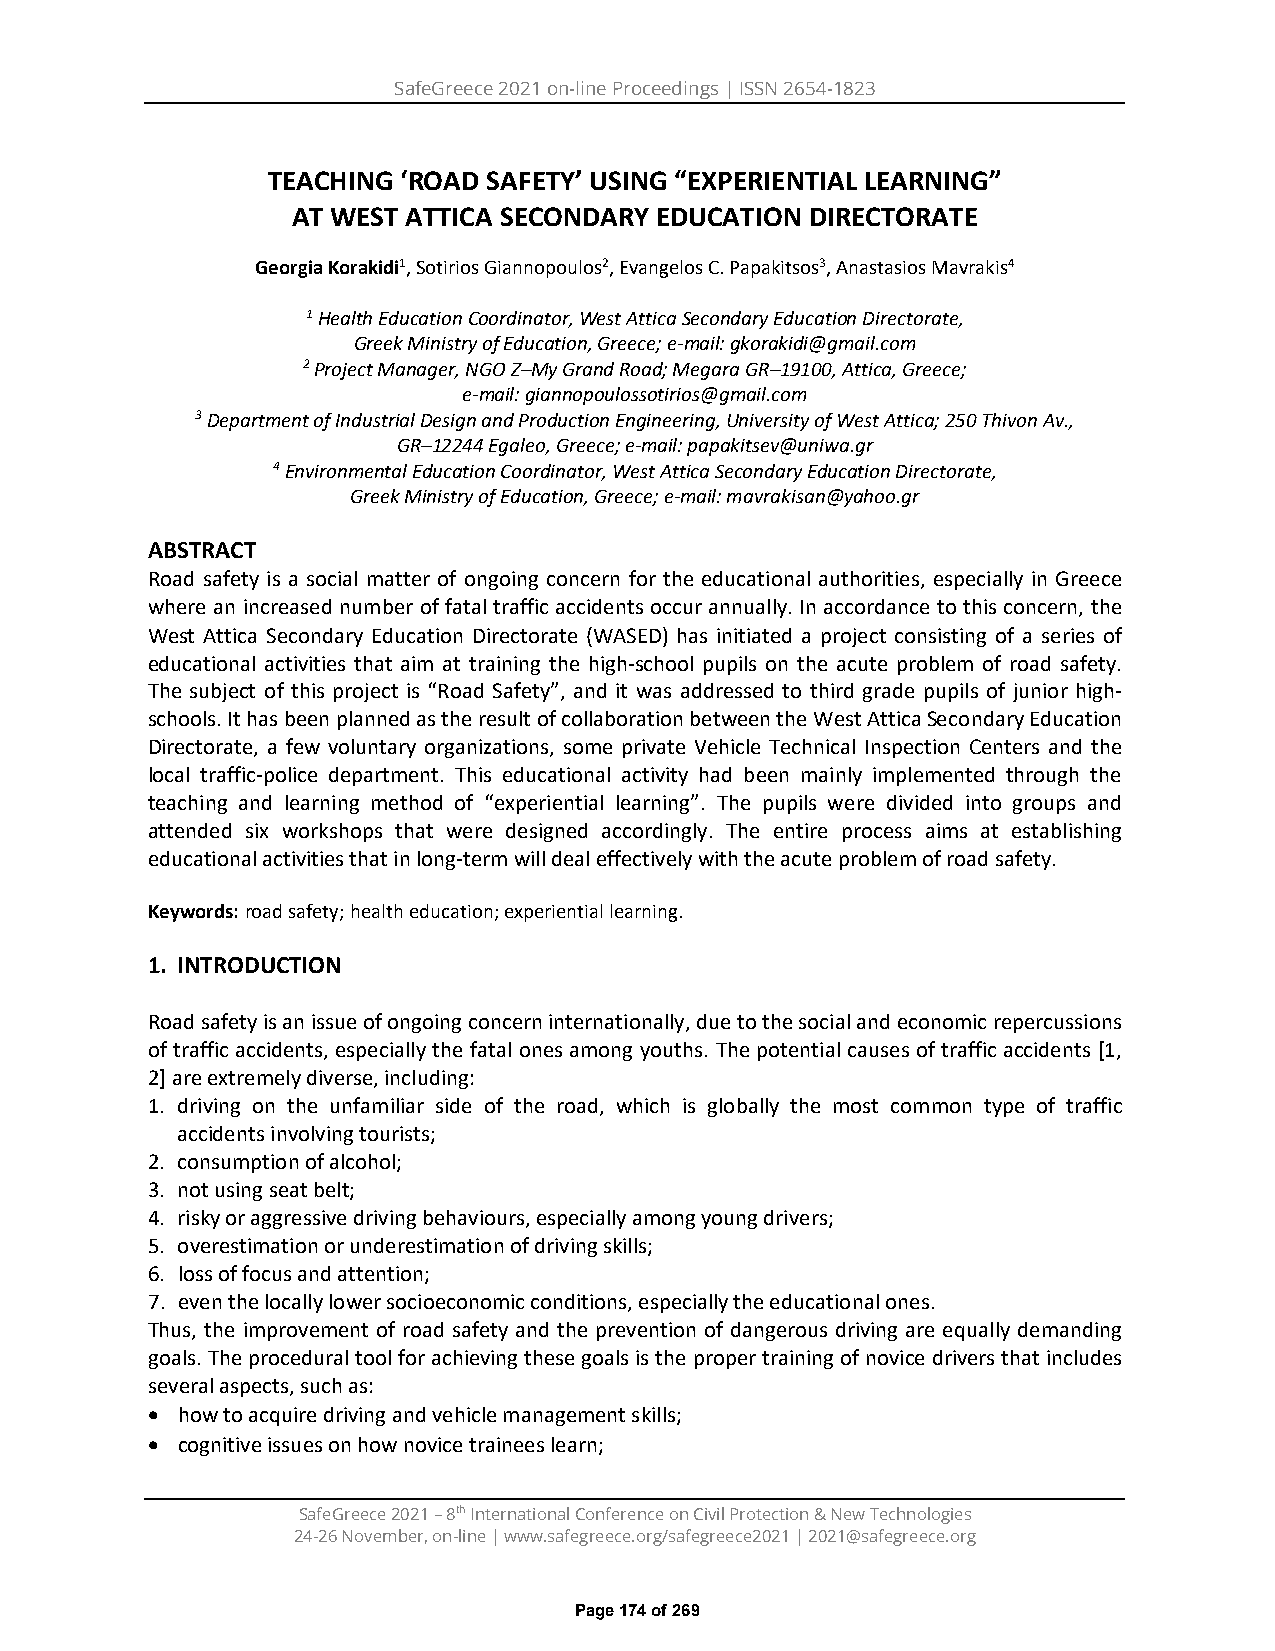
SafeGreece 2021 on-line Proceedings | ISSN 2654-1823
 TEACHING ‘ROAD SAFETY’ USING “EXPERIENTIAL LEARNING”
 AT WEST ATTICA SECONDARY EDUCATION DIRECTORATE
 Georgia Korakidi1, Sotirios Giannopoulos2, Evangelos C. Papakitsos3, Anastasios Mavrakis4
 1 Health Education Coordinator, West Attica Secondary Education Directorate,
 Greek Ministry of Education, Greece; e-mail: gkorakidi@gmail.com
 2 Project Manager, NGO Z–My Grand Road; Megara GR–19100, Attica, Greece;
 e-mail: giannopoulossotirios@gmail.com
 3 Department of Industrial Design and Production Engineering, University of West Attica; 250 Thivon Av.,
 GR–12244 Egaleo, Greece; e-mail: papakitsev@uniwa.gr
 4 Environmental Education Coordinator, West Attica Secondary Education Directorate,
 Greek Ministry of Education, Greece; e-mail: mavrakisan@yahoo.gr
 ABSTRACT
 Road safety is a social matter of ongoing concern for the educational authorities, especially in Greece
 where an increased number of fatal traffic accidents occur annually. In accordance to this concern, the
 West Attica Secondary Education Directorate (WASED) has initiated a project consisting of a series of
 educational activities that aim at training the high-school pupils on the acute problem of road safety.
 The subject of this project is “Road Safety”, and it was addressed to third grade pupils of junior high-
 schools. It has been planned as the result of collaboration between the West Attica Secondary Education
 Directorate, a few voluntary organizations, some private Vehicle Technical Inspection Centers and the
 local traffic-police department. This educational activity had been mainly implemented through the
 teaching and learning method of “experiential learning”. The pupils were divided into groups and
 attended six workshops that were designed accordingly. The entire process aims at establishing
 educational activities that in long-term will deal effectively with the acute problem of road safety.
 Keywords: road safety; health education; experiential learning.
 1. INTRODUCTION
 Road safety is an issue of ongoing concern internationally, due to the social and economic repercussions
 of traffic accidents, especially the fatal ones among youths. The potential causes of traffic accidents [1,
 2]are extremely diverse, including:
 1. driving on the unfamiliar side of the road, which is globally the most common type of traffic
 accidents involving tourists;
 2. consumption of alcohol;
 3. not using seat belt;
 4. risky or aggressive driving behaviours, especially among young drivers;
 5. overestimation or underestimation of driving skills;
 6. loss of focus and attention;
 7. even the locally lower socioeconomic conditions, especially the educational ones.
 Thus, the improvement of road safety and the prevention of dangerous driving are equally demanding
 goals. The procedural tool for achieving these goals is the proper training of novice drivers that includes
 several aspects, such as:
 • how to acquire driving and vehicle management skills;
 • cognitive issues on how novice trainees learn;
 SafeGreece 2021 – 8th International Conference on Civil Protection & New Technologies
 24-26 November, on-line | www.safegreece.org/safegreece2021 | 2021@safegreece.org
 Page 174 of 269